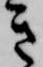
き